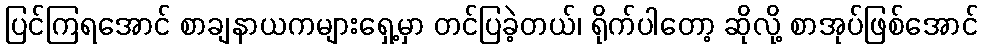
ပြင်ကြရအောင် စာချနာယကများရှေ့မှာ တင်ပြခဲ့တယ်၊ ရိုက်ပါတော့ ဆိုလို့ စာအုပ်ဖြစ်အောင်